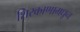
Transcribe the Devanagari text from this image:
शिरकाणामधून